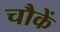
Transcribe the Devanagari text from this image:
चौकें